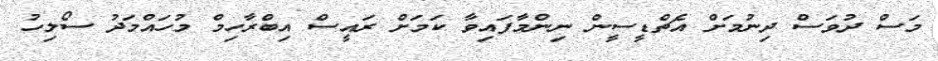
މަސް ދުވަސް ދިނުމަށް އެޗްޑީސީން ނިންމާފައިވާ ކަމަށް ރައީސް އިބްރާހިމް މުހައްމަދު ސޯލިހު